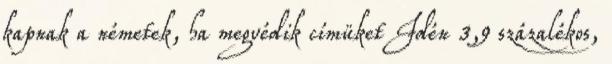
kapnak a németek, ha megvédik címüket Idén 3,9 százalékos,